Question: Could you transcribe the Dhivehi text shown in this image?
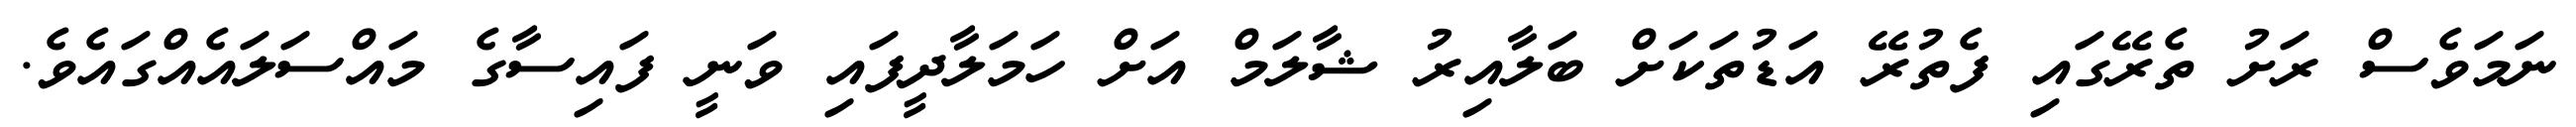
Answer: ނަމަވެސް ރަށު ތެރޭގައި ފެތުރޭ އަޑުތަކަށް ބަލާއިރު ޝާލަމް އަށް ހަމަލާދީފައި ވަނީ ފައިސާގެ މައްސަލައެއްގައެވެ.